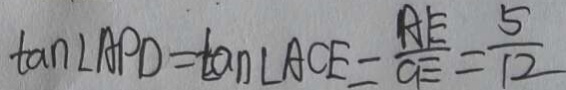
\tan \angle A P D = \tan \angle A C E = \frac { A E } { C E } = \frac { 5 } { 1 2 }